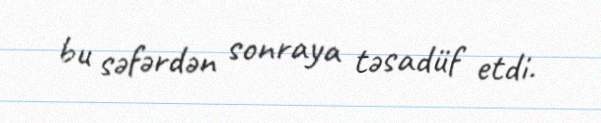
bu səfərdən sonraya təsadüf etdi.